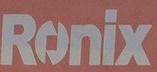
Ronix